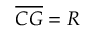
{ \overline { { C G } } } = R